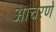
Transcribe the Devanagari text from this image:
आचरणे